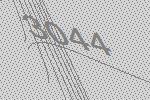
3044